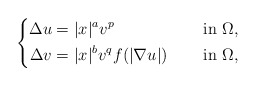
\begin{align*}\left\{\begin{aligned}\Delta u&=|x|^{a}v^{p} &&\quad\mbox{ in } \Omega, \\\Delta v&=|x|^{b}v^{q}f(|\nabla u|) &&\quad\mbox{ in } \Omega,\end{aligned}\right.\end{align*}